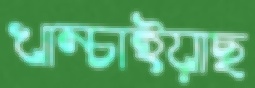
খাম্‌চাইয়াছ